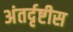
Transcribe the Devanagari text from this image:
अंतर्दृष्टीस